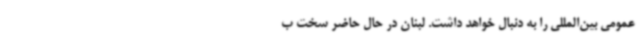
عمومی بین‌المللی را به دنبال خواهد داشت‌. لبنان در حال حاضر سخت ب